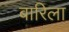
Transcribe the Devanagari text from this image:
बारिला